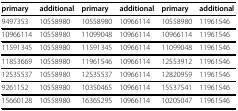
| primary | additional | primary | additional | primary | additional |
 | --- | --- | --- | --- | --- | --- |
 | 9497353 | 10558980 | 10558980 | 10966114 | 10558980 | 11961546 |
 | 10966114 | 10558980 | 11099048 | 10966114 | 10966114 | 11961546 |
 | 11591345 | 10558980 | 11591345 | 10966114 | 11099048 | 11961546 |
 | 11853669 | 10558980 | 11961546 | 10966114 | 12553912 | 11961546 |
 | 12535537 | 10558980 | 12535537 | 10966114 | 12820959 | 11961546 |
 | 9261152 | 10558980 | 10350465 | 10966114 | 15537541 | 11961546 |
 | 15660128 | 10558980 | 16365295 | 10966114 | 10205047 | 11961546 |